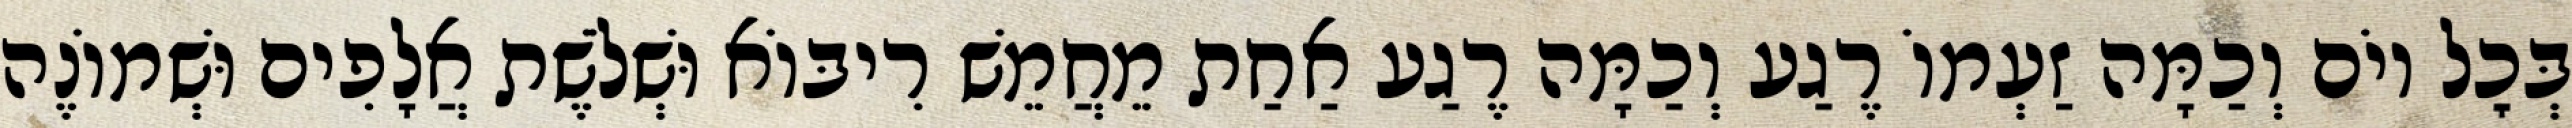
בְּכׇל יוֹם וְכַמָּה זַעְמוֹ רֶגַע וְכַמָּה רֶגַע אַחַת מֵחֲמֵשׁ רִיבּוֹא וּשְׁלֹשֶׁת אֲלָפִים וּשְׁמוֹנֶה